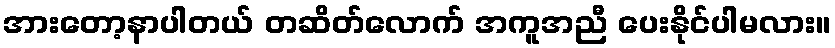
အားတော့နာပါတယ် တဆိတ်လောက် အကူအညီ ပေးနိုင်ပါမလား။